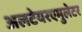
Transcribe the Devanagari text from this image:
अलटेयरएमुलेटर